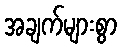
အချက်များစွာ